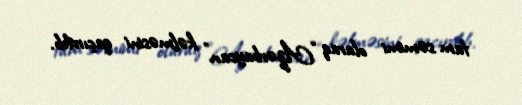
tam səmimi olaraq “Azərbaycan” kəlməsini qaçırdıb.